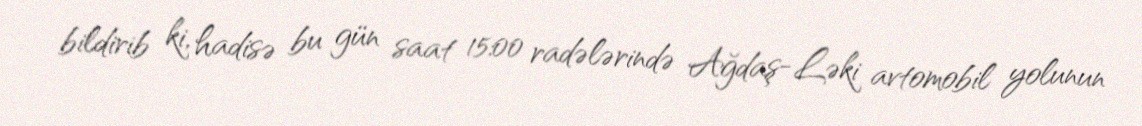
bildirib ki, hadisə bu gün saat 15:00 radələrində Ağdaş-Ləki avtomobil yolunun